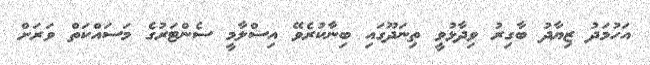
އަހުމަދު ޒިޔާދު ބާގިރު ވިދާޅުވީ ތިނަދޫގައި ބިނާކުރެވޭ އިސްލާމީ ސެންޓަރުގެ މަސައްކަތް ވަރަށް